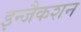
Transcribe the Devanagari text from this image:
इन्जैकशन